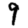
Digit: 9